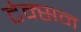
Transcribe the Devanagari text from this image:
टेक्सन